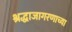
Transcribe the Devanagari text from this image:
श्रद्धाजागरणाच्या